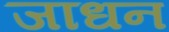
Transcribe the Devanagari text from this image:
जाधन